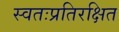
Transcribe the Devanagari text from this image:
स्वतःप्रतिरक्षित